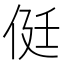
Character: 侹